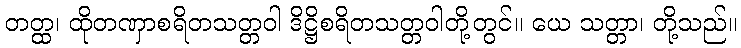
တတ္ထ၊ ထိုတဏှာစရိတသတ္တဝါ ဒိဋ္ဌိစရိတသတ္တဝါတို့တွင်။ ယေ သတ္တာ၊ တို့သည်။